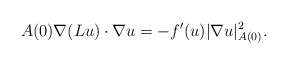
\begin{align*}A(0) \nabla (Lu) \cdot \nabla u = - f'(u) |\nabla u|_{A(0)}^2.\end{align*}